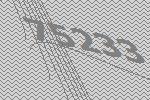
75233